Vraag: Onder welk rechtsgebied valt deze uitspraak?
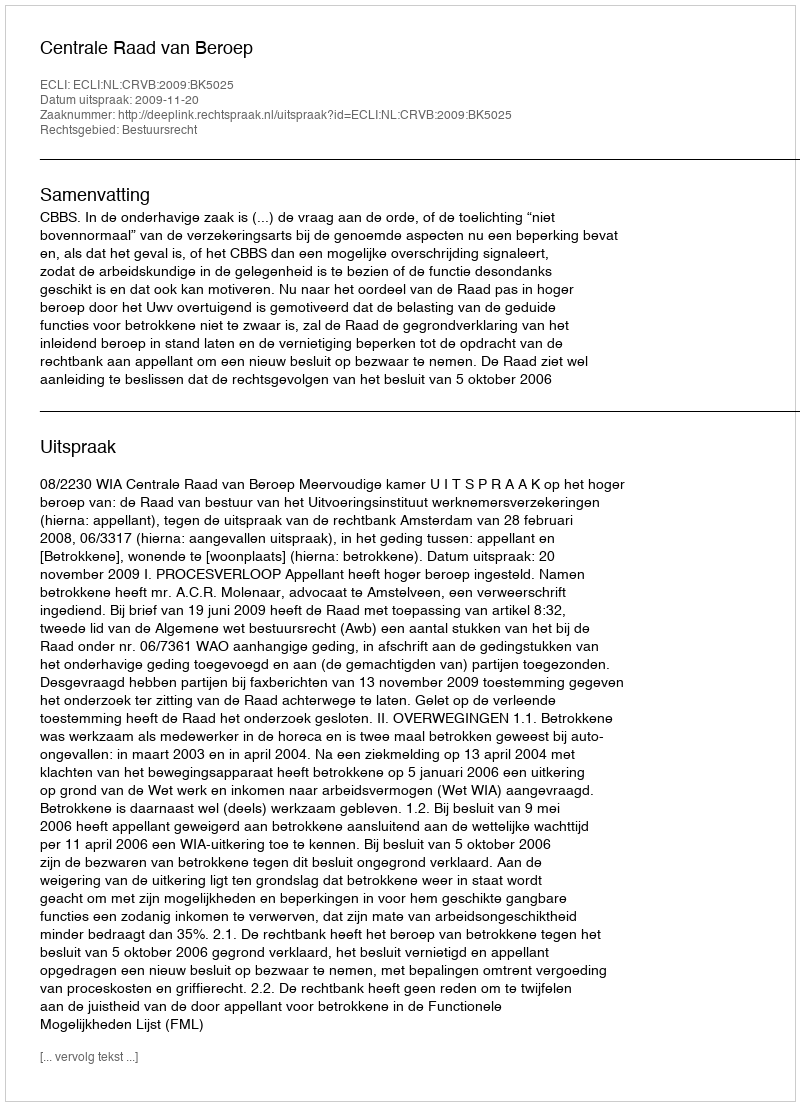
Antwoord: Bestuursrecht